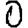
Digit: 0